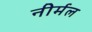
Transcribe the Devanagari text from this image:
नीर्मल